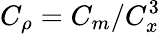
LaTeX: C_{\rho}=C_{m}/C_{x}^{3}